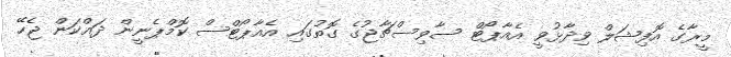
މީރާގެ އޮފިޝަލް ވިދާޅުވީ އެއާޕޯޓް ސާވިސްޗާޖުގެ ގޮތުގައި އެއާޕޯޓްސް ކޮމްޕެނީން ދައްކަން ޖެހޭ